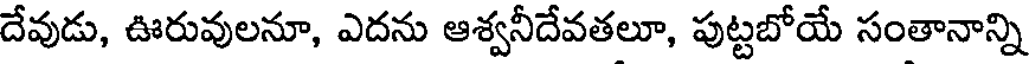
దేవుడు, ఊరువులనూ, ఎదను ఆశ్వనీదేవతలూ, పుట్టబోయే సంతానాన్ని